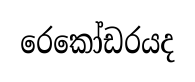
රෙකෝඩරයද